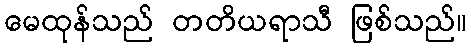
မေထုန်သည် တတိယရာသီ ဖြစ်သည်။